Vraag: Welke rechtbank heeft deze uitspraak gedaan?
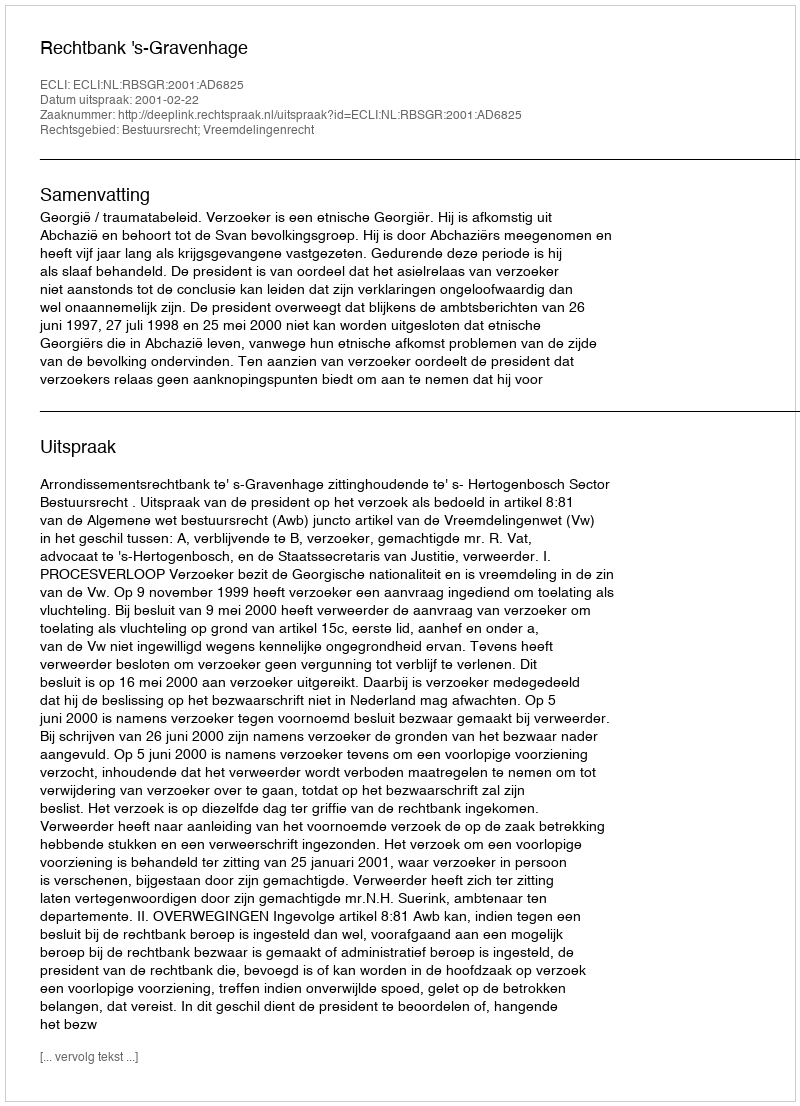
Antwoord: Rechtbank 's-Gravenhage